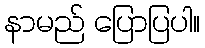
နာမည် ပြောပြပါ။